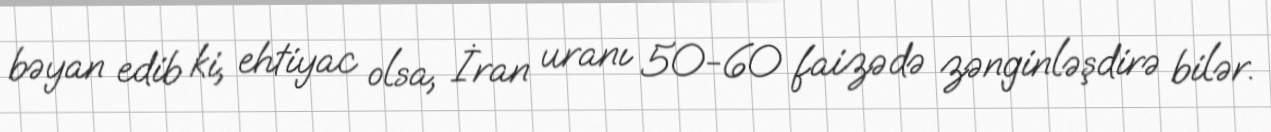
bəyan edib ki, ehtiyac olsa, İran uranı 50-60 faizədə zənginləşdirə bilər.